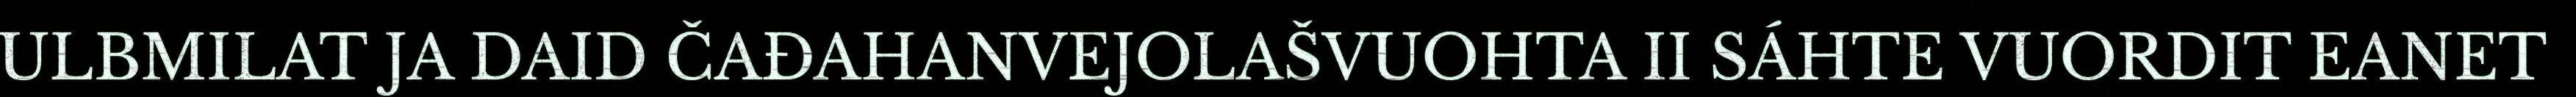
ULBMILAT JA DAID ČAĐAHANVEJOLAŠVUOHTA II SÁHTE VUORDIT EANET